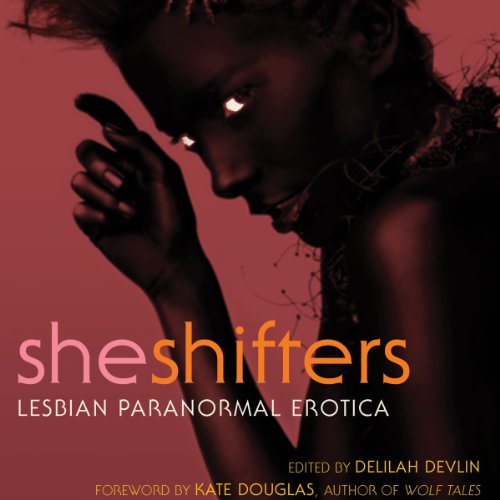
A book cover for She Shifters: Lesbian Paranormal Erotica; Delilah Devlin; Romance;